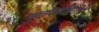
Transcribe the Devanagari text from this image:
कुलकर्णीसरांचे